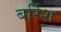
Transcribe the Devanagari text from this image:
बर्रिश